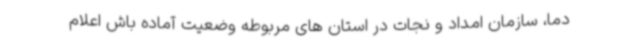
دما، سازمان امداد و نجات در استان های مربوطه وضعیت آماده باش اعلام